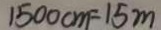
1 5 0 0 c m = 1 5 m